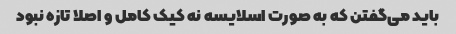
باید می‌گفتن که به صورت اسلایسه نه کیک کامل و اصلا تازه نبود